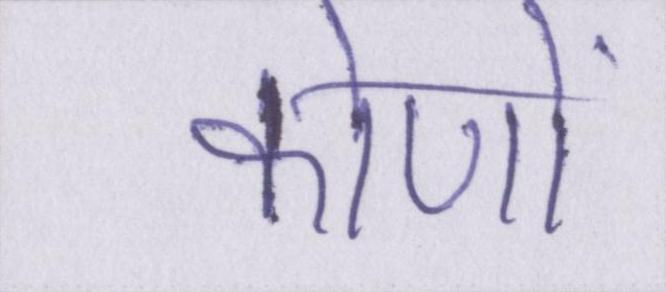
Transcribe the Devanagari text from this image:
कोणों